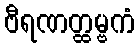
ဗီရဏတ္ထမ္ဗကံ